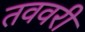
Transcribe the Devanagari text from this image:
तववरी